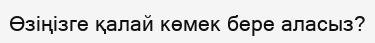
Өзіңізге қалай көмек бере аласыз?